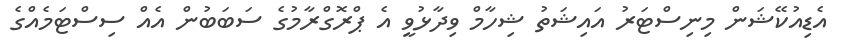
އެޑިއުކޭޝަން މިނިސްޓަރު އައިޝަތު ޝިހާމް ވިދާޅުވީ އެ ޕްރޮގްރާމުގެ ސަބަބުން އެއް ސިސްޓަމެއްގެ